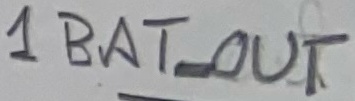
Text: 1BAT_OUT